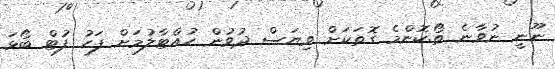
ނޫނީ ނުވާނެ ތޯ.ކޮންމެ ގޮތަކަށް ވިޔަސް ދުވުން ހުއްޓާލުމަށް ފަހު ފުޓް ބޯޅަ